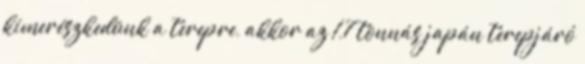
kimerészkedünk a terepre, akkor az 1,7 tonnás japán terepjáró